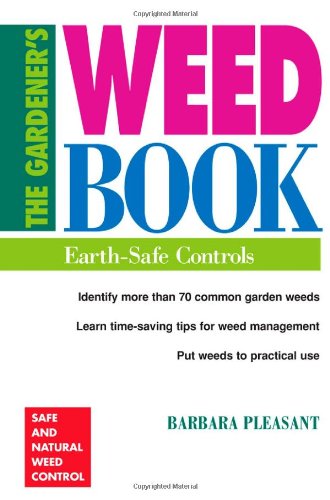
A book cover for The Gardener's Weed Book: Earth-Safe Controls; Barbara Pleasant; Crafts, Hobbies & Home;